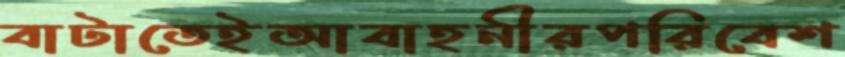
বাটাতেইআবাহনীরপরিবেশ